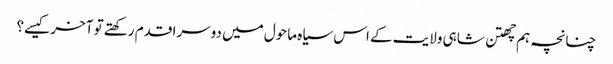
چنانچہ ہم چھتن شاہی ولایت کے اس سیاہ ماحول میں دوسرا قدم رکھتے تو آخر کیسے؟